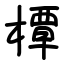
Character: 橝